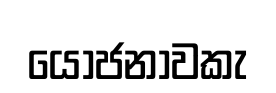
යොජනාවකැ